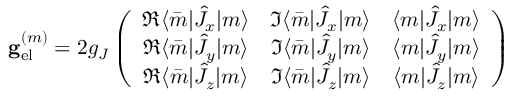
\mathbf { g } _ { \mathrm { e l } } ^ { ( m ) } = 2 g _ { J } \left( \begin{array} { c c c } { \Re \langle \bar { m } | \hat { J } _ { x } | m \rangle } & { \Im \langle \bar { m } | \hat { J } _ { x } | m \rangle } & { \langle m | \hat { J } _ { x } | m \rangle } \\ { \Re \langle \bar { m } | \hat { J } _ { y } | m \rangle } & { \Im \langle \bar { m } | \hat { J } _ { y } | m \rangle } & { \langle m | \hat { J } _ { y } | m \rangle } \\ { \Re \langle \bar { m } | \hat { J } _ { z } | m \rangle } & { \Im \langle \bar { m } | \hat { J } _ { z } | m \rangle } & { \langle m | \hat { J } _ { z } | m \rangle } \end{array} \right)